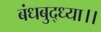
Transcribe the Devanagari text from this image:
बंधबुद्ध्या।।